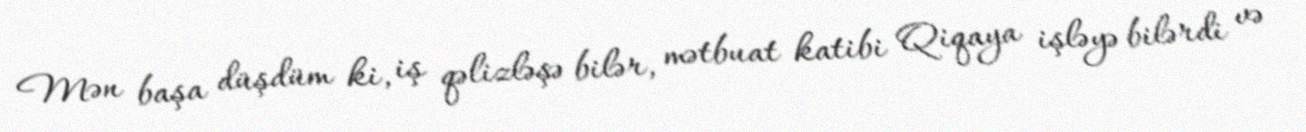
Mən başa düşdüm ki, iş qəlizləşə bilər, mətbuat katibi Qiqaya işləyə bilərdi və